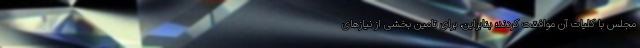
مجلس با کلیات آن موافقت کردند؛ بنابراین، برای تامین بخشی از نیازهای